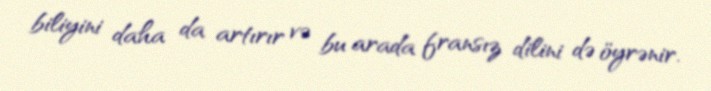
biliyini daha da artırır və bu arada fransız dilini də öyrənir.